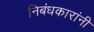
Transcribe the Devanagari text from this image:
निबंधकारांनी